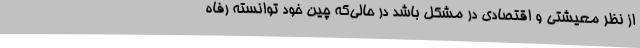
از نظر معیشتی و اقتصادی در مشکل باشد در حالی‌که چین خود توانسته رفاه